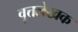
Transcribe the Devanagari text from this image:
वृत्तलेखक